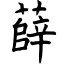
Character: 薛